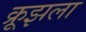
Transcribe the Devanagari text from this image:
क्रूझला